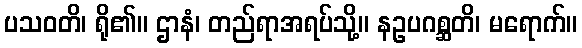
ပသဝတိ၊ ရို၏။ ဌာနံ၊ တည်ရာအရပ်သို့။ နဥပဂစ္ဆတိ၊ မရောက်။